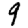
Digit: 9